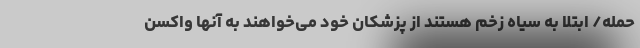
حمله/ ابتلا به سیاه زخم هستند از پزشکان خود می‌خواهند به آنها واکسن